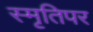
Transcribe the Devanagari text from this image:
स्मृतिपर